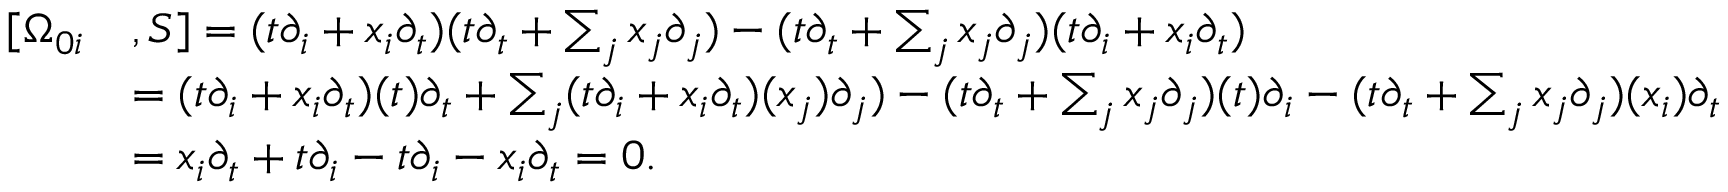
\begin{array} { r l } { [ \Omega _ { 0 i } } & { , S ] = ( t \partial _ { i } + x _ { i } \partial _ { t } ) ( t \partial _ { t } + \sum _ { j } x _ { j } \partial _ { j } ) - ( t \partial _ { t } + \sum _ { j } x _ { j } \partial _ { j } ) ( t \partial _ { i } + x _ { i } \partial _ { t } ) } \\ & { = ( t \partial _ { i } + x _ { i } \partial _ { t } ) ( t ) \partial _ { t } + \sum _ { j } ( t \partial _ { i } + x _ { i } \partial _ { t } ) ( x _ { j } ) \partial _ { j } ) - ( t \partial _ { t } + \sum _ { j } x _ { j } \partial _ { j } ) ( t ) \partial _ { i } - ( t \partial _ { t } + \sum _ { j } x _ { j } \partial _ { j } ) ( x _ { i } ) \partial _ { t } } \\ & { = x _ { i } \partial _ { t } + t \partial _ { i } - t \partial _ { i } - x _ { i } \partial _ { t } = 0 . } \end{array}